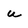
Character: u